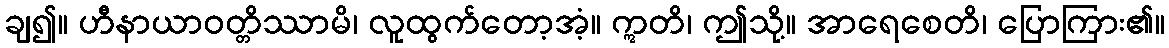
ချ၍။ ဟီနာယာဝတ္တိဿာမိ၊ လူထွက်တော့အံ့။ ဣတိ၊ ဤသို့။ အာရေစေတိ၊ ပြောကြား၏။